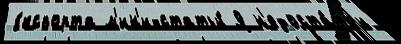
э́кспорта м'ин'и-статьи́ Я н'едоста́тк'и